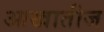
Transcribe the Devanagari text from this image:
आखातीज